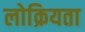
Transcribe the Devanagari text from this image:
लोक्रियता